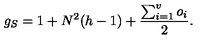
g _ { S } = 1 + N ^ { 2 } ( h - 1 ) + \frac { \sum _ { i = 1 } ^ { v } o _ { i } } { 2 } .